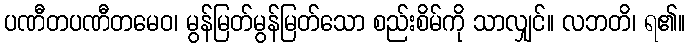
ပဏီတပဏီတမေဝ၊ မွန်မြတ်မွန်မြတ်သော စည်းစိမ်ကို သာလျှင်။ လဘတိ၊ ရ၏။